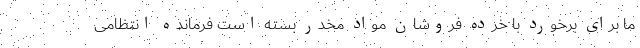
ما برای برخورد با خرده فروشان مواد مخدر بسته است فرمانده انتظامی